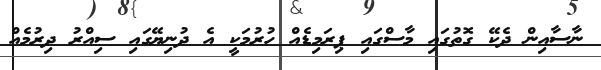
ނާސާއިން ދެކޭ ގޮތުގައި މާސްގައި ޕިރަމިޑެއް ހުރުމަކީ އެ ދުނިޔޭގައި ސިއްރު ދިރުމެއް